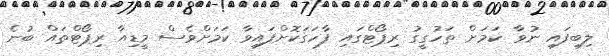
ލިބިފައި ނުވާ ކަމަށް ތަހުގީގު ރިޕޯޓްގައި ފާހަގަކޮށްފައިވާ ކަމަށްވެސް މީޑިއާ ރިޕޯޓްތައް ބުނެ